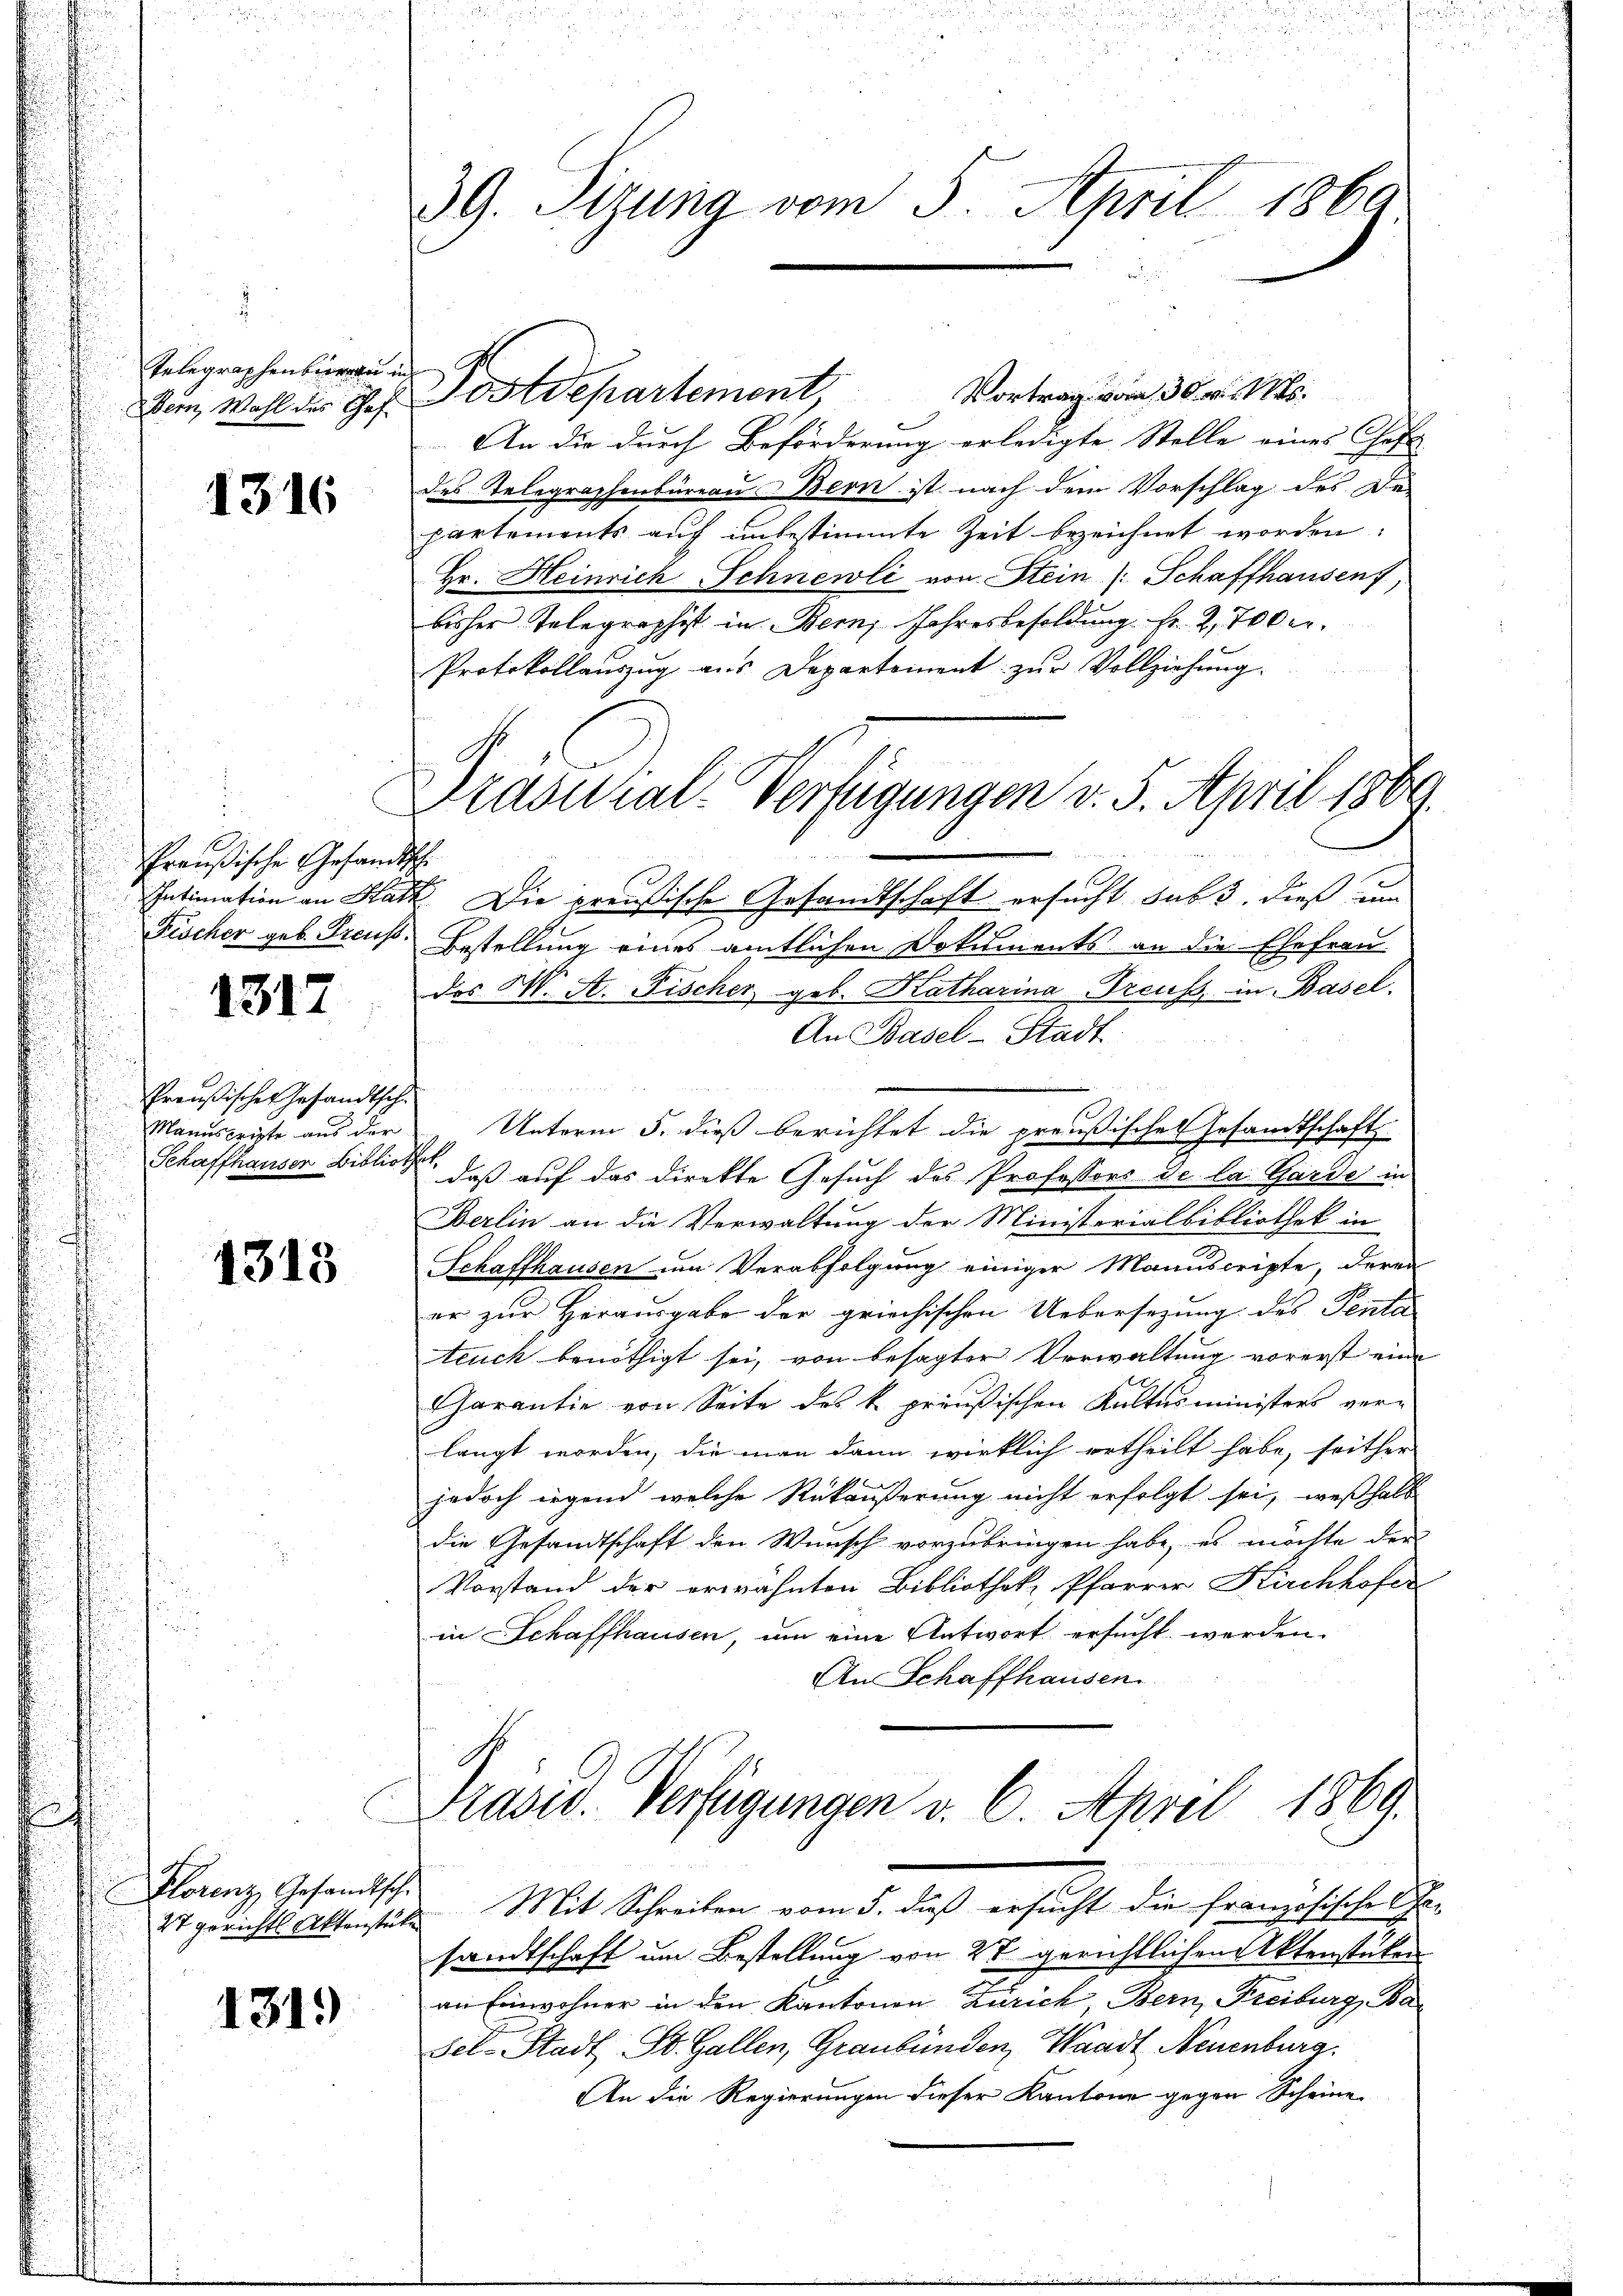
Telegraphenbringen in
Bern, Wahl des Chef

1316

Preußische Gesandtsch
Scher geb. Treuss.

1317

ußischer Gesandtsche
anuscripte aus der
haffhauser Biblio

4313

Florenz, Gesandtsche

1319)

39. Sizung vom 3. April 1860

Postdepartement Vortrag vom 30. v. Mts.
An die durch Beförderung erledigte Stelle eines Gast- |
des Telegraphenbüreau Bern ist nach dem Vorschlag des De-
partements auf unbestimmte Zeit bezeichnet worden:
Hr. Heinrich Schnewli von Stein /: Schaffhausen,
bisher Telegraphist in Bern, Jahresbesoldung. Fr. 2. 70 ber
Protokollauszug aus Departement zur Vollziehung.

Intimation an Statt. Die preußische Gesandtschaft ersucht subs, dieß um
Bestellung eines amtlichen Dokuments an die Ehefrau-
des M. A. Fischer geb. Katharina Treuss, in Basel.
An Basel-Stadt.
Unterm 5. dieß berichtet die preußischen Gesandtschafts
G
 daß auf das direkte Gesuch des Professors de la Garde in
Berlin an die Verwaltung der Ministerialbibliothek in
Schaffhausen um Verabfolgung einiger Manuscripte, deren
er zur Herausgabe der griechischen Uebersezung des Penta
teuch benöthigt sei, von besagter Verwaltung vorerst eine
Garantie von Seite des k. preußischen Kultusministers ver-
langt worden, die man dann wirklich ertheilt habe, seither
jedoch irgend welche Rükäußerung nicht erfolgt sei, weßhalb
die Gesandtschaft den Wunsch vorzubringen habe, es möchte der
Vorstand der erwähnten Bibliothek, Pfarrer Kirchhofer
in Schaffhausen, um eine Antwort ersucht werden.
An Schaffhausen
Prasis. Verfügungen v. 6. April 1869.
27 gerichts Aktenstet. Mit Schreiben vom 5. daß ersucht die französischen
sandtschaft um Bestellung von 27 gerichtlichen Aktenstücken
an Einwohner in den Kantonen Zürich, Bern, Freiburg, Ba-
sel-Stadt St. Gallen, Graubünden, Waadt, Neuenburg.
An die Regierungen dieser Kantone gegen Scheine

Prasilial-Verfügungen v. 5. April 1862.